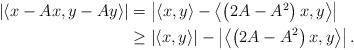
LaTeX: \begin{align*}\begin{aligned} \left| \left\langle x-Ax,y-Ay \right\rangle \right|&=\left| \left\langle x,y \right\rangle -\left\langle \left( 2A-A^2 \right)x,y \right\rangle \right| \\ & \ge \left| \left\langle x,y \right\rangle \right|-\left| \left\langle \left( 2A-A^2 \right)x,y \right\rangle \right|. \end{aligned}\end{align*}